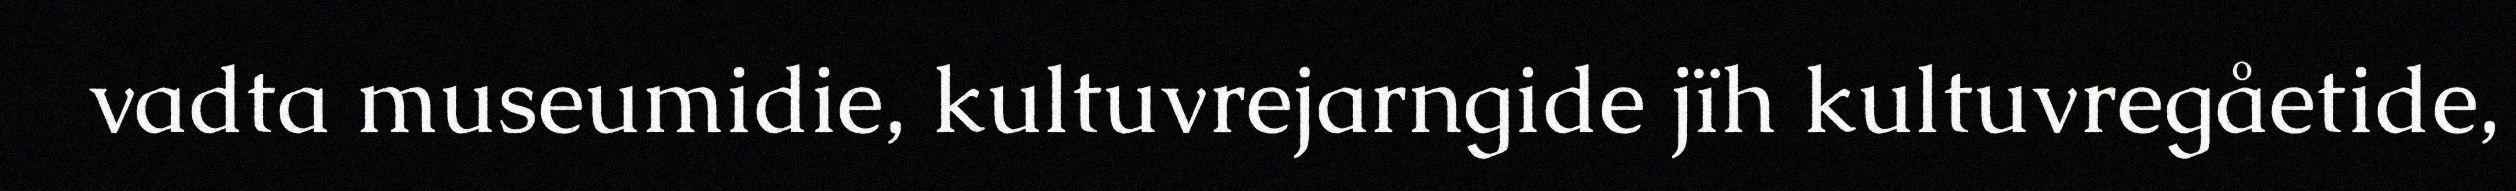
vadta museumidie, kultuvrejarngide jïh kultuvregåetide,